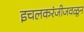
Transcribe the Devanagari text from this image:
इचलकरंजीजवळून